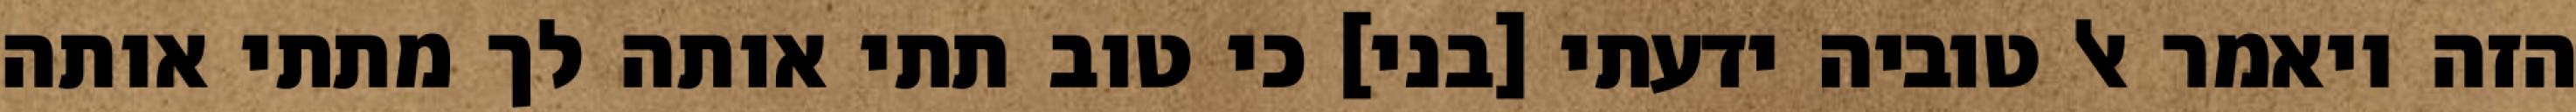
הזה ויאמר אל טוביה ידעתי [בני] כי טוב תתי אותה לך מתתי אותה